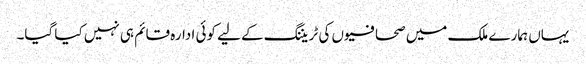
یہاں ہمارے ملک میں صحافیوں کی ٹریننگ کے لیے کوئی ادارہ قائم ہی نہیں کیا گیا۔